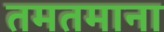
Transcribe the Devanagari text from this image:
तमतमाना